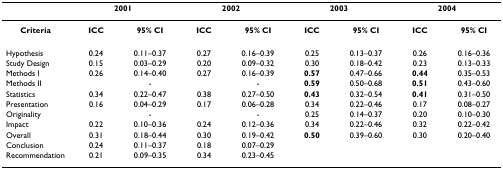
<table><thead><tr><td></td><td colspan="2"><b>2001</b></td><td colspan="2"><b>2002</b></td><td colspan="2"><b>2003</b></td><td colspan="2"><b>2004</b></td></tr></thead><tbody><tr><td><b>Criteria</b></td><td><b>ICC</b></td><td><b>95% CI</b></td><td><b>ICC</b></td><td><b>95% CI</b></td><td><b>ICC</b></td><td><b>95% CI</b></td><td><b>ICC</b></td><td><b>95% CI</b></td></tr><tr><td>Hypothesis</td><td>0.24</td><td>0.11–0.37</td><td>0.27</td><td>0.16–0.39</td><td>0.25</td><td>0.13–0.37</td><td>0.26</td><td>0.16–0.36</td></tr><tr><td>Study Design</td><td>0.15</td><td>0.03–0.29</td><td>0.20</td><td>0.09–0.32</td><td>0.30</td><td>0.18–0.42</td><td>0.23</td><td>0.13–0.33</td></tr><tr><td>Methods I</td><td>0.26</td><td>0.14–0.40</td><td>0.27</td><td>0.16–0.39</td><td><b>0.57</b></td><td>0.47–0.66</td><td><b>0.44</b></td><td>0.35–0.53</td></tr><tr><td>Methods II</td><td></td><td>-</td><td></td><td>-</td><td><b>0.59</b></td><td>0.50–0.68</td><td><b>0.51</b></td><td>0.43–0.60</td></tr><tr><td>Statistics</td><td>0.34</td><td>0.22–0.47</td><td>0.38</td><td>0.27–0.50</td><td><b>0.43</b></td><td>0.32–0.54</td><td><b>0.41</b></td><td>0.31–0.50</td></tr><tr><td>Presentation</td><td>0.16</td><td>0.04–0.29</td><td>0.17</td><td>0.06–0.28</td><td>0.34</td><td>0.22–0.46</td><td>0.17</td><td>0.08–0.27</td></tr><tr><td>Originality</td><td></td><td>-</td><td></td><td>-</td><td>0.25</td><td>0.14–0.37</td><td>0.20</td><td>0.10–0.30</td></tr><tr><td>Impact</td><td>0.22</td><td>0.10–0.36</td><td>0.24</td><td>0.12–0.36</td><td>0.34</td><td>0.22–0.46</td><td>0.32</td><td>0.22–0.42</td></tr><tr><td>Overall</td><td>0.31</td><td>0.18–0.44</td><td>0.30</td><td>0.19–0.42</td><td><b>0.50</b></td><td>0.39–0.60</td><td>0.30</td><td>0.20–0.40</td></tr><tr><td>Conclusion</td><td>0.24</td><td>0.11–0.37</td><td>0.18</td><td>0.07–0.29</td><td></td><td></td><td></td><td></td></tr><tr><td>Recommendation</td><td>0.21</td><td>0.09–0.35</td><td>0.34</td><td>0.23–0.45</td><td></td><td></td><td></td><td></td></tr></tbody></table>